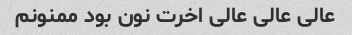
عالی عالی عالی اخرت نون بود ممنونم